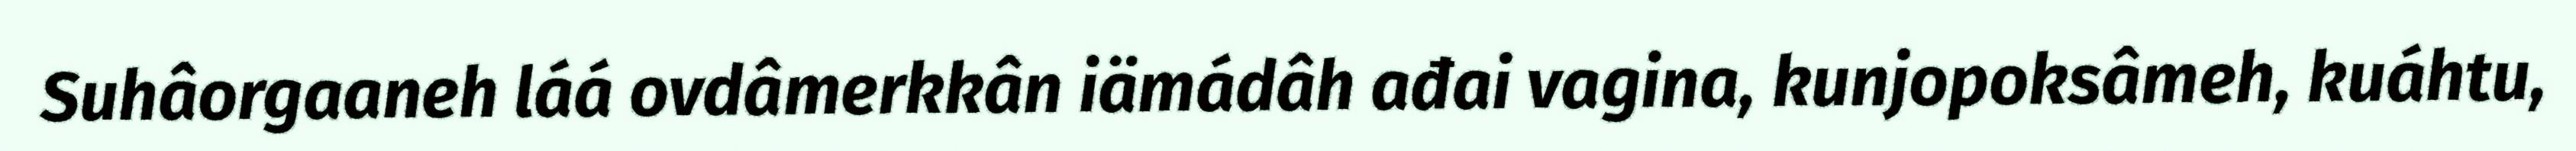
Suhâorgaaneh láá ovdâmerkkân iämádâh ađai vagina, kunjopoksâmeh, kuáhtu,